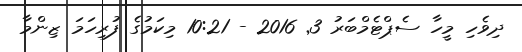
ދިވެހި މީހާ ސެޕްޓެމްބަރު 3